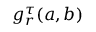
g _ { r } ^ { \tau } ( a , b )